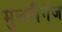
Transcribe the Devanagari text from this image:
मुन्शीगंज